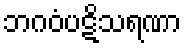
ဘဂဝံပဋိသရဏာ